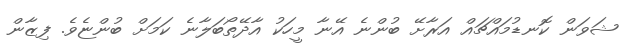
ޝަވަން ކޮނޑުމައްޗައް އަރާށޭ ބުންނެ އޭނާ މީހަކު އާދޭތޯބަލާނެ ކަމަށް ބުންޏެވެ. ފިޒާން